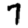
Digit: 7